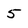
Character: 5